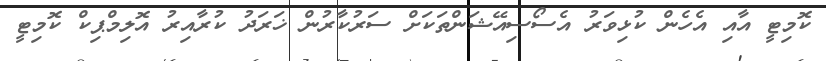
ކޮމިޓީ އާއި އެހެން ކުޅިވަރު އެސޯސިއޭޝަންތަކަށް ސަރުކާރުން ޚަރަދު ކުރާއިރު އޮލިމްޕިކް ކޮމިޓީ